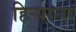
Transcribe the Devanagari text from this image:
हिऱ्यांना